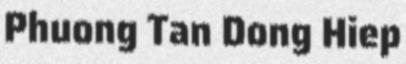
Phuong Tan Dong Hiep